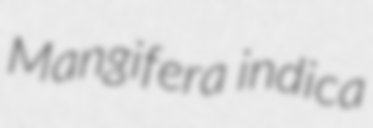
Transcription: Mangifera indica